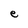
Character: e